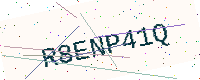
Text: R8ENP41Q